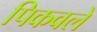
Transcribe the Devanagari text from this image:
पिकवले